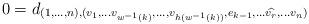
LaTeX: \begin{align*}\begin{aligned}0&= d_{(1,\ldots, n),(v_1, \ldots v_{w^{-1}(k)},\ldots,v_{h(w^{-1}(k))},e_{k-1} ,\ldots \widehat{v_{r}}, \ldots v_n)}\end{aligned}\end{align*}